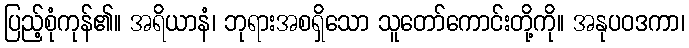
ပြည့်စုံကုန်၏။ အရိယာနံ၊ ဘုရားအစရှိသော သူတော်ကောင်းတို့ကို။ အနုပဝဒကာ၊